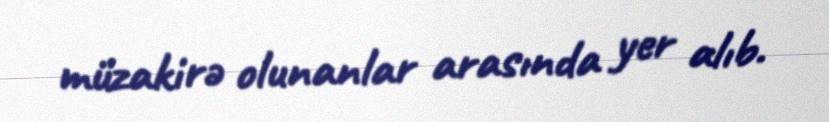
müzakirə olunanlar arasında yer alıb.